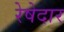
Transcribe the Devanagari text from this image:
रेषेदार